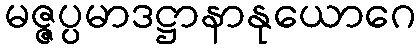
မဇ္ဇပ္ပမာဒဋ္ဌာနာနုယောဂေ